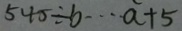
5 4 5 \div b \cdots a + 5